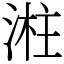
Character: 㴤